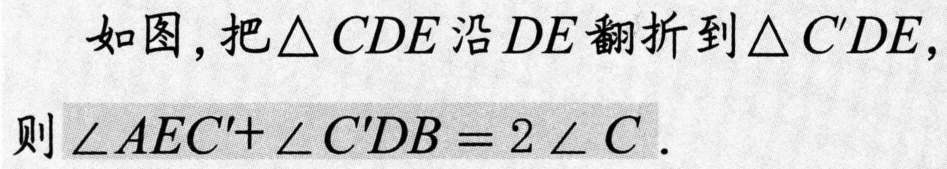
如图，把\(\triangle CDE\)沿\(DE\)翻折到\(\triangle C'DE\)，则\(\angle AEC'+\angle C'DB = 2\angle C\)．